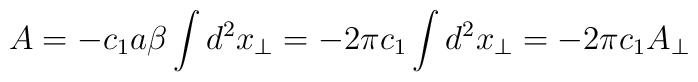
A= -c_1 a \beta \int d^2 x_\perp = - 2\pi c_1  \int d^2 x_\perp= -2\pi c_1 A_\perp